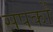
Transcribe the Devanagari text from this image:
सपर्को